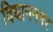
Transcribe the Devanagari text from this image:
विधाननगर